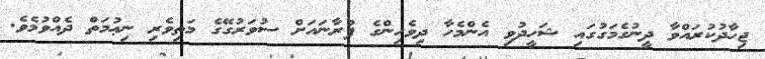
ޖިހާދުކުރައްވާ ދީނުގެމަގުގައި ޝަހީދުވި އެންމެހާ ދިވެހިންގެ ފުރާނައަށް ސުވަރުގޭގެ މަތިވެރި ނިޢުމަތް ދެއްވުމެވެ.